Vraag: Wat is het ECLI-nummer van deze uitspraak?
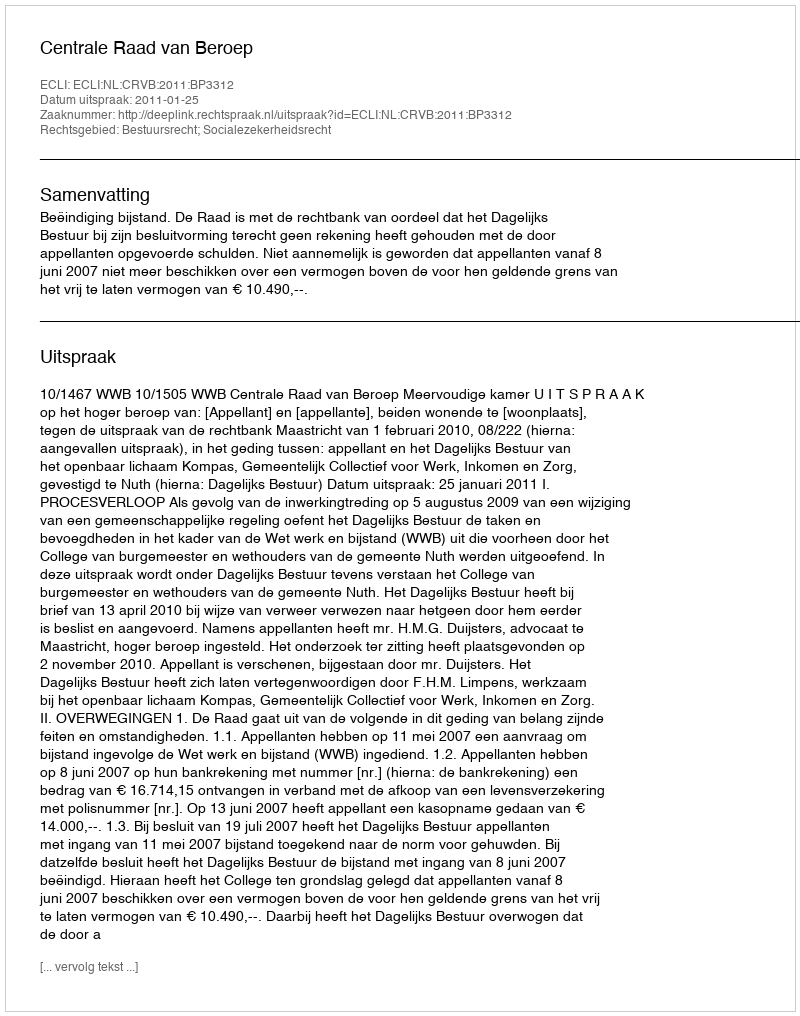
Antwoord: ECLI:NL:CRVB:2011:BP3312